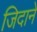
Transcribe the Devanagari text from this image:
जिदाने